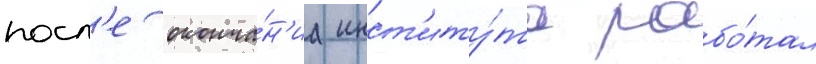
посл'е оконча́н'иа инст'иту́та рабо́тал